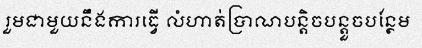
រួមជាមួយនឹងការធ្វើ លំហាត់ប្រាណបន្តិចបន្តួចបន្ថែម